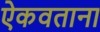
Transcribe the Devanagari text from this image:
ऐकवताना